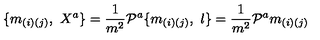
\{ m _ { ( i ) ( j ) } , \ X ^ { a } \} = { \frac { 1 } { m ^ { 2 } } } { \cal P } ^ { a } \{ m _ { ( i ) ( j ) } , \ l \} = { \frac { 1 } { m ^ { 2 } } } { \cal P } ^ { a } m _ { ( i ) ( j ) }